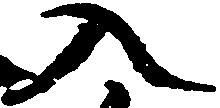
入